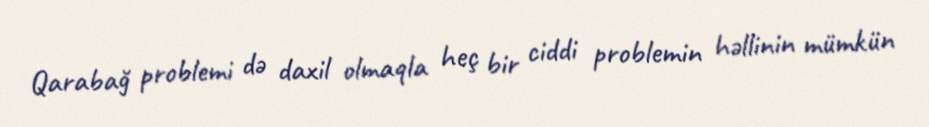
Qarabağ problemi də daxil olmaqla heç bir ciddi problemin həllinin mümkün